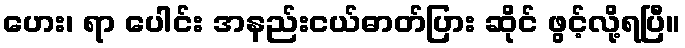
ဟေး၊ ရာ ပေါင်း အနည်းငယ်ဓာတ်ပြား ဆိုင် ဖွင့်လို့ရပြီ။